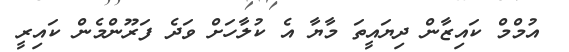
އުމްމް ކައިޒާން ދިޔައީތަ މާޔާ އެ ކުލާހަށް ވަދެ ފަރޫންމެން ކައިރީ